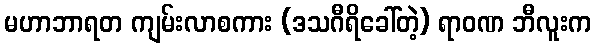
မဟာဘာရတ ကျမ်းလာစကား (ဒသဂီရိခေါ်တဲ့) ရာဝဏ ဘီလူးက